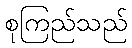
စုကြည်သည်